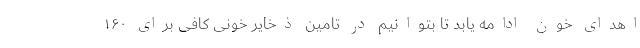
اهدای خون ادامه یابد تا بتوانیم در تامین ذخایر خونی کافی برای ۱۶۰